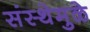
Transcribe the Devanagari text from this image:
संस्थेमुळे